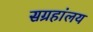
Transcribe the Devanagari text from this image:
सग्रहांलय